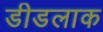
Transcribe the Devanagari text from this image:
डीडलाक